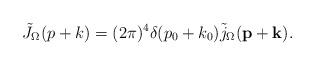
LaTeX: \begin{align*}\tilde{J}_\Omega(p+k)=(2\pi)^4\delta(p_0+k_0) \tilde{j}_\Omega({\bf p}+{\bf k}). \end{align*}